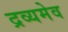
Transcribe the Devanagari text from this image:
द्रव्यमेव